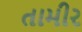
તામીર